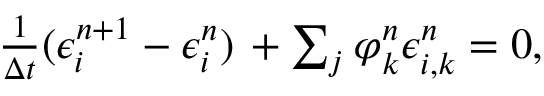
\begin{array} { r } { \frac { 1 } { \Delta t } ( \epsilon _ { i } ^ { n + 1 } - \epsilon _ { i } ^ { n } ) \, + \sum _ { j } ^ { } \varphi _ { k } ^ { n } \epsilon _ { i , k } ^ { n } = 0 , } \end{array}